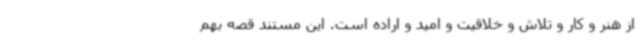
از هنر و کار و تلاش و خلاقیت و امید و اراده است. این مستند قصه بهم